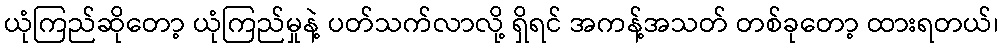
ယုံကြည်ဆိုတော့ ယုံကြည်မှုနဲ့ ပတ်သက်လာလို့ ရှိရင် အကန့်အသတ် တစ်ခုတော့ ထားရတယ်၊